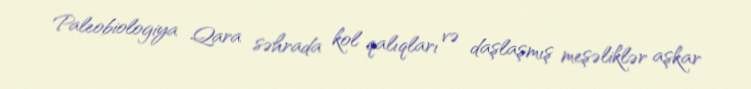
Paleobiologiya Qara səhrada kol qalıqları və daşlaşmış meşəliklər aşkar